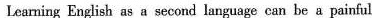
Leaming English as a second language can be a painful